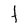
Character: f